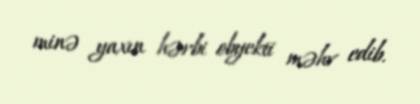
minə yaxın hərbi obyekti məhv edib.